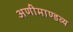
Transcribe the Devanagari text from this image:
अणीमाण्डव्य